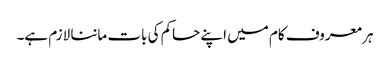
ہر معروف کام میں اپنے حاکم کی بات ماننا لازم ہے۔